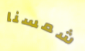
شمسنا